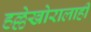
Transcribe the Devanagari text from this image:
हल्लेखोरालाही